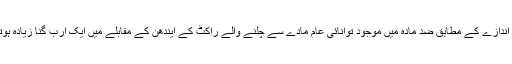
ان کے اندازے کے مطابق ضد مادّہ میں موجود توانائی عام مادّے سے چلنے والے راکٹ کے ایندھن کے مقابلے میں ایک ارب گنا زیادہ ہوتی ہے۔